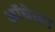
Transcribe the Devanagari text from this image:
ऑचेसन